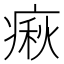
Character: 㾭